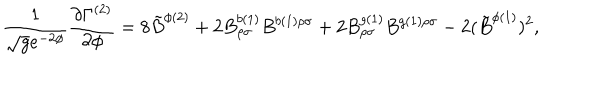
LaTeX: \frac { 1 } { \sqrt { g } e ^ { - 2 \phi } } \frac { \partial \Gamma ^ { ( 2 ) } } { \partial \phi } = 8 { \tilde { B } } ^ { \phi ( 2 ) } + 2 B _ { \rho \sigma } ^ { b ( 1 ) } B ^ { b ( 1 ) \rho \sigma } + 2 B _ { \rho \sigma } ^ { g ( 1 ) } B ^ { g ( 1 ) \rho \sigma } - 2 ( { \tilde { B } } ^ { \phi ( 1 ) } ) ^ { 2 } ,